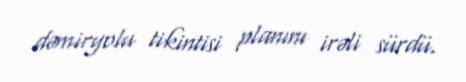
dəmiryolu tikintisi planını irəli sürdü.